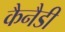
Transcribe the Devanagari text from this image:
कैनैडी